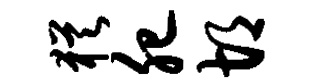
犹肥胡